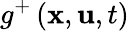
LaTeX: g^{+}\left(\textbf{x},\textbf{u},t\right)